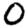
Digit: 0